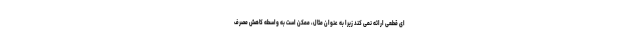
ای قطعی ارائه نمی کند زیرا به عنوان مثال، ممکن است به واسطه کاهش مصرف